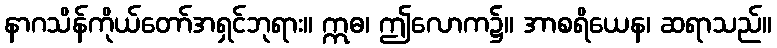
နာဂသိန်ကိုယ်တော်အရှင်ဘုရား။ ဣဓ၊ ဤလောက၌။ အာစရိယေန၊ ဆရာသည်။